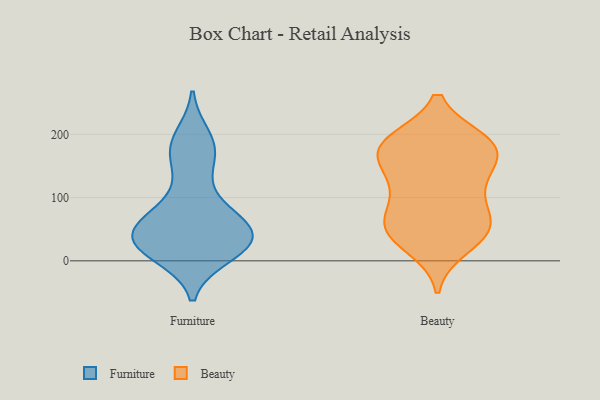
{"axis": {"x": "Active Users", "y": "Value"}, "legend": ["Beauty", "Furniture"], "data": [{"x": "", "y": 20, "type": "Furniture"}, {"x": "", "y": 50, "type": "Furniture"}, {"x": "", "y": 178, "type": "Furniture"}, {"x": "", "y": 28, "type": "Furniture"}, {"x": "", "y": 32, "type": "Furniture"}, {"x": "", "y": 37, "type": "Furniture"}, {"x": "", "y": 135, "type": "Furniture"}, {"x": "", "y": 194, "type": "Furniture"}, {"x": "", "y": 11, "type": "Furniture"}, {"x": "", "y": 24, "type": "Furniture"}, {"x": "", "y": 19, "type": "Furniture"}, {"x": "", "y": 78, "type": "Furniture"}, {"x": "", "y": 39, "type": "Furniture"}, {"x": "", "y": 45, "type": "Furniture"}, {"x": "", "y": 45, "type": "Furniture"}, {"x": "", "y": 71, "type": "Furniture"}, {"x": "", "y": 176, "type": "Furniture"}, {"x": "", "y": 80, "type": "Furniture"}, {"x": "", "y": 174, "type": "Furniture"}, {"x": "", "y": 52, "type": "Beauty"}, {"x": "", "y": 39, "type": "Beauty"}, {"x": "", "y": 185, "type": "Beauty"}, {"x": "", "y": 51, "type": "Beauty"}, {"x": "", "y": 119, "type": "Beauty"}, {"x": "", "y": 121, "type": "Beauty"}, {"x": "", "y": 166, "type": "Beauty"}, {"x": "", "y": 170, "type": "Beauty"}, {"x": "", "y": 23, "type": "Beauty"}, {"x": "", "y": 76, "type": "Beauty"}, {"x": "", "y": 189, "type": "Beauty"}, {"x": "", "y": 65, "type": "Beauty"}, {"x": "", "y": 125, "type": "Beauty"}, {"x": "", "y": 170, "type": "Beauty"}, {"x": "", "y": 185, "type": "Beauty"}, {"x": "", "y": 187, "type": "Beauty"}, {"x": "", "y": 52, "type": "Beauty"}]}